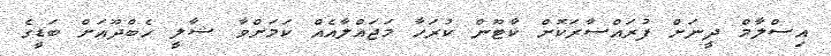
އިސްލާމް ދީނަަށް ފުރައްސާރަކޮށް ކާޓޫން ކުރަހާ މަޖައްލާއެއް ކަމަށްވާ ޝާލީ ހެބްދޫއަށް ބަޑީގެ